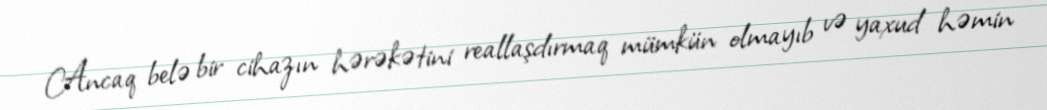
Ancaq belə bir cihazın hərəkətini reallaşdırmaq mümkün olmayıb və yaxud həmin